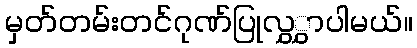
မှတ်တမ်းတင်ဂုဏ်ပြုလွှွှာပါမယ်။